Report of the Lahore Medical School Hospital
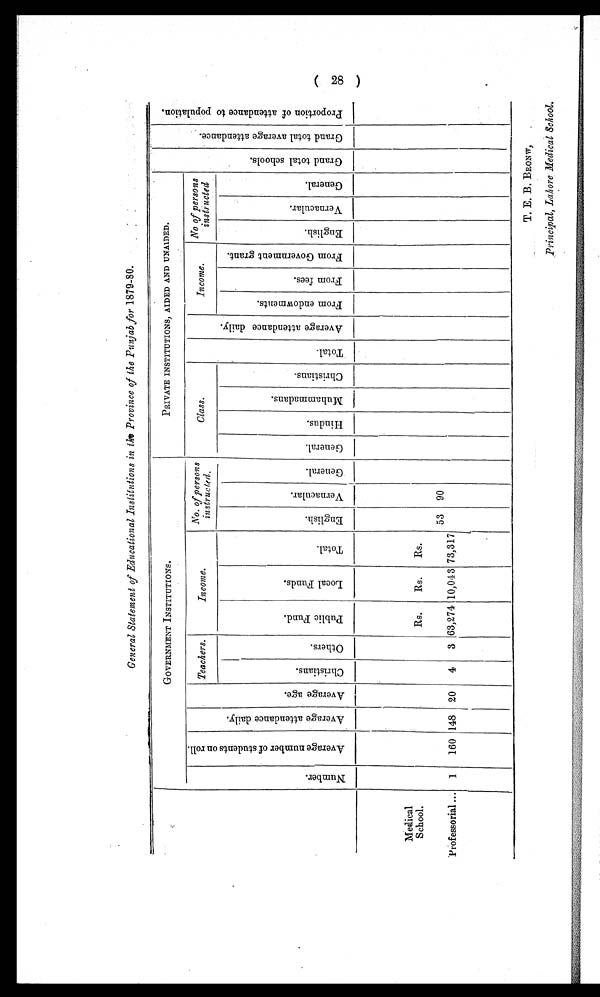
General Statement of Educational Institutions in the Province of the Punjab for 1879-80.
GOVERNMENT I NS TI TUTI ONS .
PRIVATE INSTITUTIONS, AIDED AND UNAIDED.
G r a n d t o t a l s c h o o l s .
G r a n d t o t o a l a v e r a g e a t t e n d a n c e .
P r o p o r t i o n o f a t t n e d a n c e t o p o p u l a t i o n .
N u m b e r .
A v e r a g e n u m b e r o f s t u d e n t s o n r o l l .
A v e r a g e a t t e n d a n c e d a i l y .
A v e r a g e a g e .
Teachers.
Income.
No. of persons
instructed.
Class.
T o t a l .
A v e r a g e a t t e n d a n c e d a i l y .
Income.
No of persons
instructed
F r o m e n d o w m e n t s .
F r o m f e e s .
F r o m G o v e r n m e n t g r a n t .
E n g l i s h
V e r n a c u l a r .
G e n e r a l .
C h r i s t
i a n s .
O t h e r s .
P u b l i c F u n d .
L o c a l F u n d s .
T o t a l .
E n g l i s h .
V e r n a c u l a r .
G e n e r a l .
G e n e r a l .
H i n d u s .
M u h a m m a d a n s .
C h r i s t i a n s .
R s .
Rs.
Rs.
Medical
School.
53 90
Professorial . . . 1
160 148 20
4
3 63,274 10,043 73,317
(28)
T. E. B. BRONW,
Principal, Lahore Medical School.